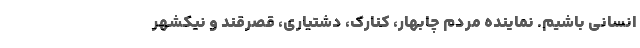
انسانی باشیم. نماینده مردم چابهار، کنارک، دشتیاری، قصرقند و نیکشهر